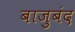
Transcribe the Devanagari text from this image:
बाजुबंद